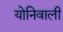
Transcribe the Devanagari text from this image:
योनिवाली